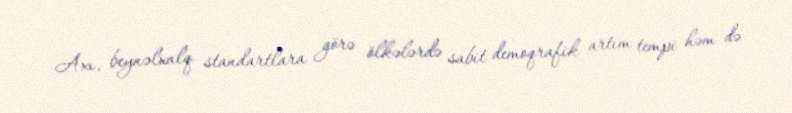
Axı, beynəlxalq standartlara görə ölkələrdə sabit demoqrafik artım tempi həm də